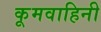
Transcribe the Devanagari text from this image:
कूमवाहिनी